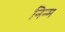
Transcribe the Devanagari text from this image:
निन्‍म